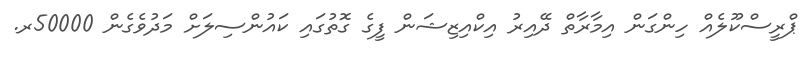
ޕްރީސްކޫލެއް ހިންގަން އިމާރާތް ދޭއިރު އިކްއިޒިޝަން ފީގެ ގޮތުގައި ކައުންސިލަށް މަދުވެގެން 50000ރ.